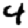
Digit: 4